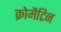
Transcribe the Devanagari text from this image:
क्रोमैटिन